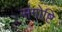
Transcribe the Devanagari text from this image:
संगोष्टि